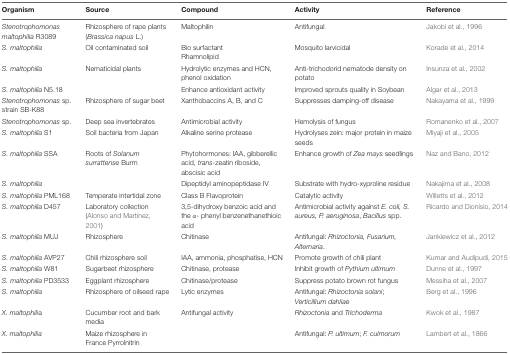
<table><thead><tr><td><b>Organism</b></td><td><b>Source</b></td><td><b>Compound</b></td><td><b>Activity</b></td><td><b>Reference</b></td></tr></thead><tbody><tr><td><i>Stenotrophomonas maltophilia</i> R3089</td><td>Rhizosphere of rape plants (<i>Brassica napus</i> L.)</td><td>Maltophilin</td><td>Antifungal</td><td>Jakobi et al., 1996</td></tr><tr><td><i>S. maltophilia</i></td><td>Oil contaminated soil</td><td>Bio surfactant Rhamnolipid</td><td>Mosquito larvicidal</td><td>Korade et al., 2014</td></tr><tr><td><i>S. maltophilia</i></td><td>Nematicidal plants</td><td>Hydrolytic enzymes and HCN, phenol oxidation</td><td>Anti-trichodorid nematode density on potato</td><td>Insunza et al., 2002</td></tr><tr><td><i>S. maltophilia</i> N5.18</td><td></td><td>Enhance antioxidant activity</td><td>Improved sprouts quality in Soybean</td><td>Algar et al., 2013</td></tr><tr><td><i>Stenotrophomonas</i> sp. strain SB-K88</td><td>Rhizosphere of sugar beet</td><td>Xanthobaccins A, B, and C</td><td>Suppresses damping-off disease</td><td>Nakayama et al., 1999</td></tr><tr><td><i>Stenotrophomonas</i> sp.</td><td>Deep sea invertebrates</td><td>Antimicrobial activity</td><td>Hemolysis of fungus</td><td>Romanenko et al., 2007</td></tr><tr><td><i>S. maltophilia</i> S1</td><td>Soil bacteria from Japan</td><td>Alkaline serine protease</td><td>Hydrolyses zein: major protein in maize seeds</td><td>Miyaji et al., 2005</td></tr><tr><td><i>S. maltophilia</i> SSA</td><td>Roots of <i>Solanum surrattense</i> Burm</td><td>Phytohormones: IAA, gibberellic acid, <i>trans</i>-zeatin riboside, abscisic acid</td><td>Enhance growth of <i>Zea mays</i> seedlings</td><td>Naz and Bano, 2012</td></tr><tr><td><i>S. maltophilia</i></td><td></td><td>Dipeptidyl aminopeptidase IV</td><td>Substrate with hydro-xyproline residue</td><td>Nakajima et al., 2008</td></tr><tr><td><i>S. maltophilia</i> PML168</td><td>Temperate intertidal zone</td><td>Class B Flavoprotein</td><td>Catalytic activity</td><td>Willetts et al., 2012</td></tr><tr><td><i>S. maltophilia</i> D457</td><td>Laboratory collection (Alonso and Martínez, 2001)</td><td>3,5-dihydroxy benzoic acid and the α- phenyl benzenethanethioic acid</td><td>Antimicrobial activity against <i>E. coli, S. aureus, P. aeruginosa</i>, <i>Bacillus</i> spp.</td><td>Ricardo and Dionísio, 2014</td></tr><tr><td><i>S. maltophilia</i> MUJ</td><td>Rhizosphere</td><td>Chitinase</td><td>Antifungal: <i>Rhizoctonia, Fusarium, Alternaria</i>.</td><td>Jankiewicz et al., 2012</td></tr><tr><td><i>S. maltophilia</i> AVP27</td><td>Chili rhizosphere soil</td><td>IAA, ammonia, phosphatise, HCN</td><td>Promote growth of chili plant</td><td>Kumar and Audipudi, 2015</td></tr><tr><td><i>S. maltophilia</i> W81</td><td>Sugarbeet rhizosphere</td><td>Chitinase, protease</td><td>Inhibit growth of <i>Pythium ultimum</i></td><td>Dunne et al., 1997</td></tr><tr><td><i>S. maltophilia</i> PD3533</td><td>Eggplant rhizosphere</td><td>Chitinase/protease</td><td>Suppress potato brown rot fungus</td><td>Messiha et al., 2007</td></tr><tr><td><i>S. maltophilia</i></td><td>Rhizosphere of oilseed rape</td><td>Lytic enzymes</td><td>Antifungal: <i>Rhizoctonia solani</i>; <i>Verticillium dahliae</i></td><td>Berg et al., 1996</td></tr><tr><td><i>X. maltophili</i>a</td><td>Cucumber root and bark media</td><td>Antifungal activity</td><td><i>Rhizoctonia</i> and <i>Trichoderma</i></td><td>Kwok et al., 1987</td></tr><tr><td><i>X. maltophilia</i></td><td>Maize rhizosphere in France Pyrrolnitrin</td><td></td><td>Antifungal: <i>P. ultimum</i>; <i>F. culmorum</i></td><td>Lambert et al., 1866</td></tr></tbody></table>